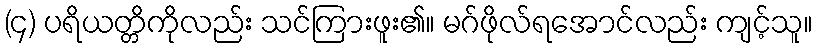
(၄) ပရိယတ္တိကိုလည်း သင်ကြားဖူး၏။ မဂ်ဖိုလ်ရအောင်လည်း ကျင့်သူ။